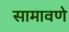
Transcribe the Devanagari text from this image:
सामावणे